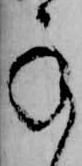
承